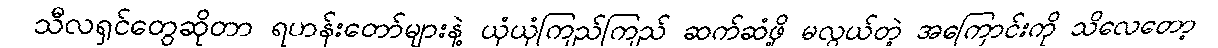
သီလရှင်တွေဆိုတာ ရဟန်းတော်များနဲ့ ယုံယုံကြည်ကြည် ဆက်ဆံဖို့ မလွယ်တဲ့ အကြောင်းကို သိလေတော့